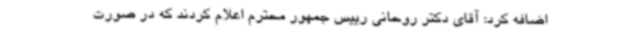
اضافه کرد: آقای دکتر روحانی رییس جمهور محترم اعلام کردند که در صورت